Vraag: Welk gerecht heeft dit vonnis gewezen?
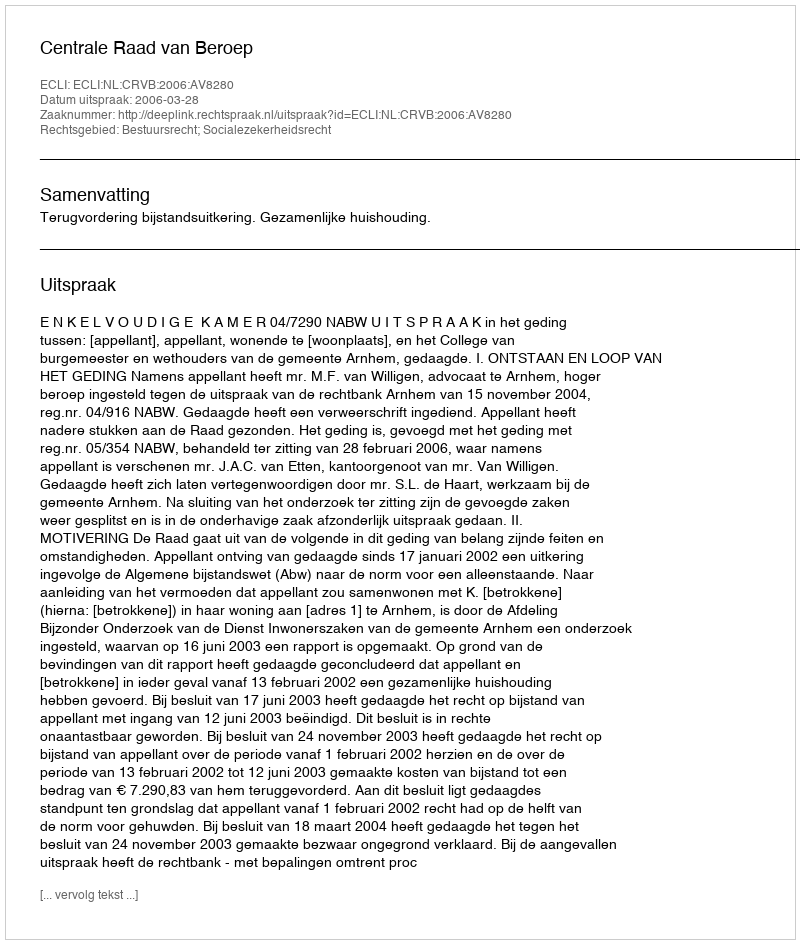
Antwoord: Centrale Raad van Beroep